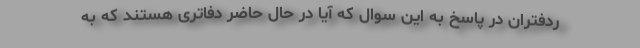
ردفتران در پاسخ به این سوال که آیا در حال حاضر دفاتری هستند که به